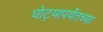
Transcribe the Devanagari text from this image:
घोट्यापर्यंतच्या